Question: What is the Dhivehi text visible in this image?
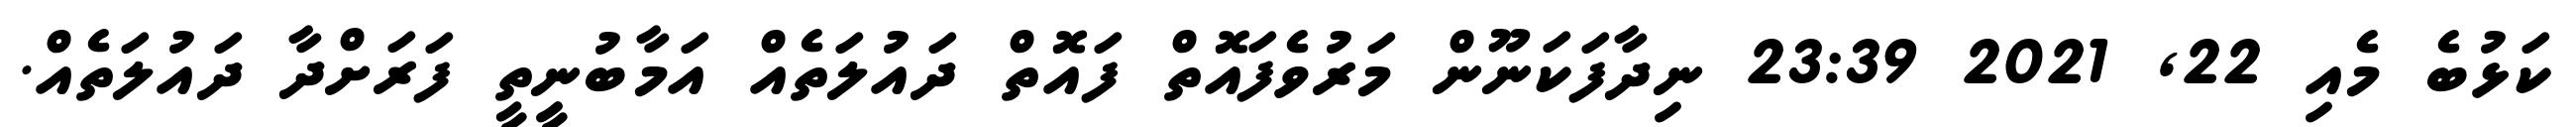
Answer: ކަޅުބެ މެއި 22, 2021 23:39 ނިދާފަކަނޫން މަރުވެފައޮތް ފައޮތް ދައުލަތެއް އަމާބުނީިތީ ފަރަށްދާ ދައުލަތެއް.